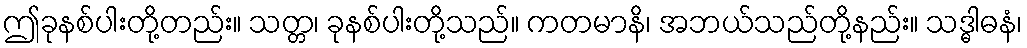
ဤခုနစ်ပါးတို့တည်း။ သတ္တ၊ ခုနစ်ပါးတို့သည်။ ကတမာနိ၊ အဘယ်သည်တို့နည်း။ သဒ္ဓါဓနံ၊